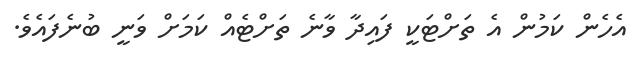
އެހެން ކަމުން އެ ތަށްޓަކީ ފައިދާ ވާނެ ތަށްޓެއް ކަމަށް ވަނީ ބުނެފައެވެ.